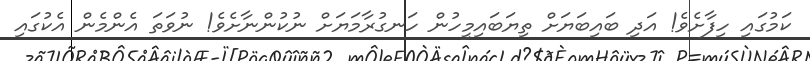
ކަމުގައި ހިފާށެވެ! އަދި ބައިބަޔަށް ތިޔަބައިމީހުން ހަނގުރާމަޔަށް ނުކުންނާށެވެ! ނުވަތަ އެންމެން އެކުގައި